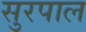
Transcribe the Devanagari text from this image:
सुरपाल